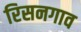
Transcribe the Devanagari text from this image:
रिसनगाव